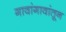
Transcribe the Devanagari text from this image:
गावांगावांतून